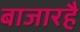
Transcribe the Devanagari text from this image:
बाजारहै